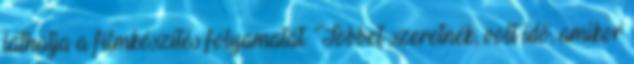
láthatja a filmkészítés folyamatát. Többet szeretnék, volt idő, amikor